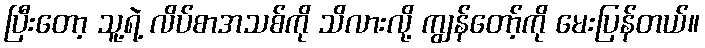
ပြီးတော့ သူ့ရဲ့ လိပ်စာအသစ်ကို သိလားလို့ ကျွန်တော့်ကို မေးပြန်တယ်။